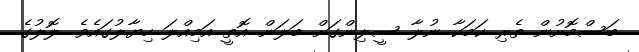
ބަސްމޮށުން ތެރި ކަމަކާ ނުލާ ސީލިންގަށް ބަލަން އޮތީ އަމިއްލަ ހިޔާލުގައެވެ. ލޮލުގެ